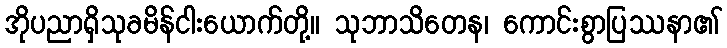
အိုပညာရှိသုခမိန်ငါးယောက်တို့။ သုဘာသိတေန၊ ကောင်းစွာပြဿနာ၏